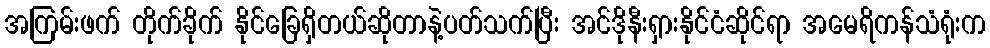
အကြမ်းဖက် တိုက်ခိုက် နိုင်ခြေရှိတယ်ဆိုတာနဲ့ပတ်သက်ပြီး အင်ဒိုနီးရှားနိုင်ငံဆိုင်ရာ အမေရိကန်သံရုံးက